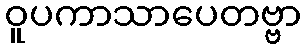
ဝူပကာသာပေတဗ္ဗာ